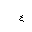
Letter: _ayn